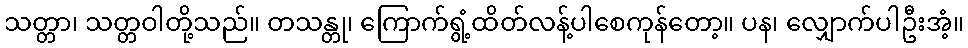
သတ္တာ၊ သတ္တဝါတို့သည်။ တသန္တု၊ ကြောက်ရွံ့ထိတ်လန့်ပါစေကုန်တော့။ ပန၊ လျှောက်ပါဦးအံ့။